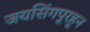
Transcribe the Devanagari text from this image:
जयसिंगपूरहून